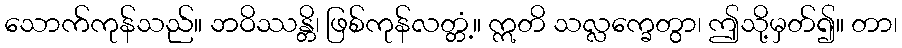
သောက်ကုန်သည်။ ဘဝိဿန္တိ၊ ဖြစ်ကုန်လတ္တံ့။ ဣတိ သလ္လက္ခေတွာ၊ ဤသို့မှတ်၍။ တာ၊